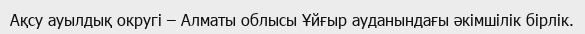
Ақсу ауылдық округі – Алматы облысы Ұйғыр ауданындағы әкімшілік бірлік.